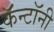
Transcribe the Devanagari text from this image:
कॅन्टॉनी